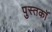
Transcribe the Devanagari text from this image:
पुस्तकॉ